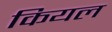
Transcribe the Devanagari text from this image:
कियल